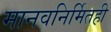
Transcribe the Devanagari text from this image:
मानवनिर्मितही